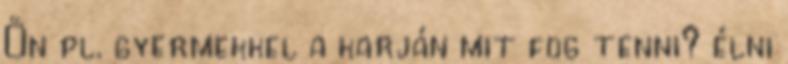
Ön pl. gyermekkel a karján mit fog tenni? élni